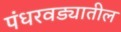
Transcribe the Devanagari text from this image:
पंधरवड्यातील